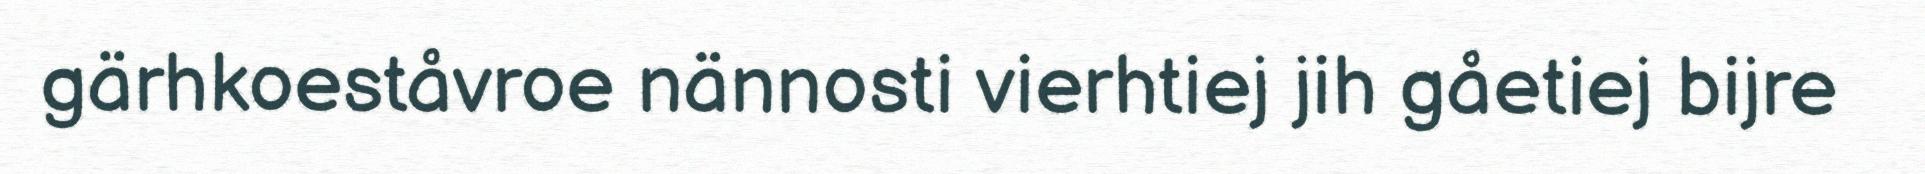
gärhkoeståvroe nännosti vierhtiej jih gåetiej bijre